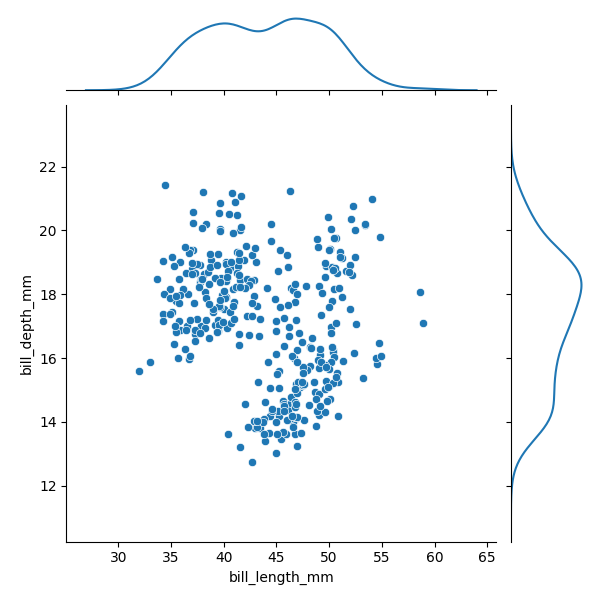
python, seaborn, JointGrid, scatterplot, kdeplot